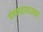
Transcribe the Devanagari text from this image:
पंचमहापातका